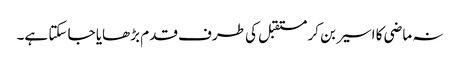
نہ ماضی کا اسیر بن کر مستقبل کی طرف قدم بڑھایا جا سکتا ہے۔